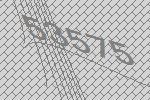
53575